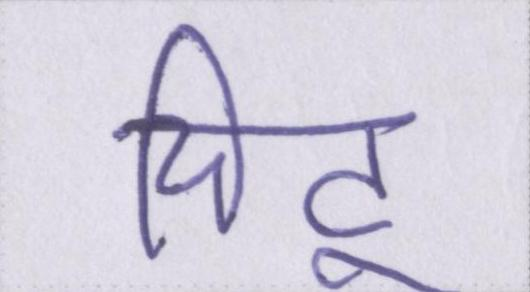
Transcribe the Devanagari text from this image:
चिंटू